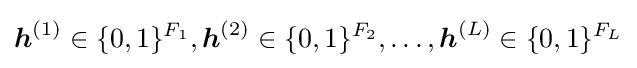
{\boldsymbol {h}}^{(1)}\in \{0,1\}^{F_{1}},{\boldsymbol {h}}^{(2)}\in \{0,1\}^{F_{2}},\ldots ,{\boldsymbol {h}}^{(L)}\in \{0,1\}^{F_{L}}